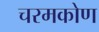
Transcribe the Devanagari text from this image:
चरमकोण